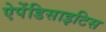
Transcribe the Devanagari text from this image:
ऐपेंडिसाइटिस